Annual report of the Punjab Veterinary College and of the Civil Veterinary Department, Punjab - 1894-1908
Year: 1894
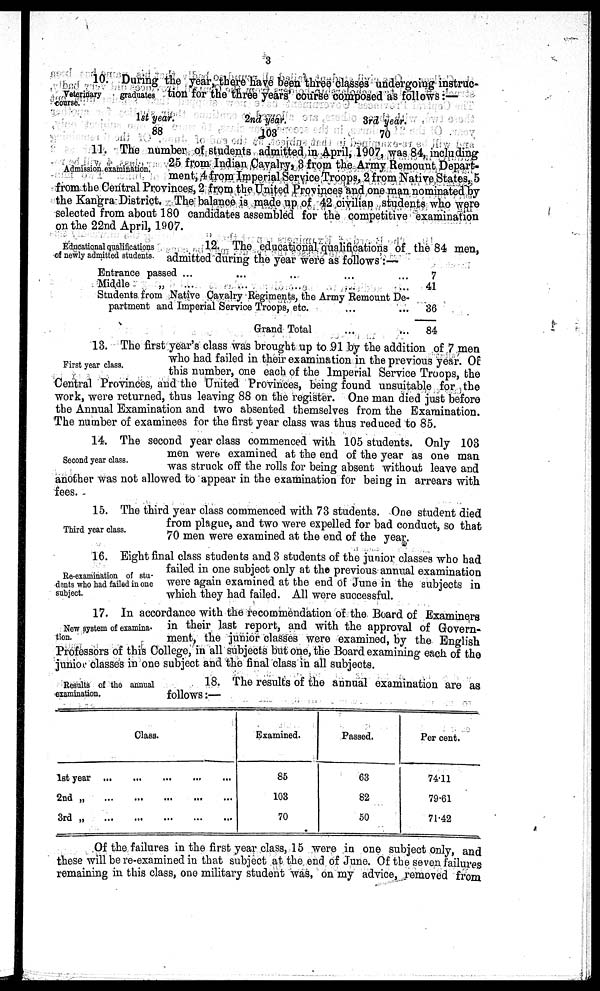
3
Veterinary
graduates
course.
10. During the year, there have been three classes undergoing instruc-
tion for the three years' course composed as follows:—
1st year.
88
2nd year.
103
3rd year.
70
Admission examination.
11. The number of students admitted in April, 1907, was 84, including
25 from Indian Cavalry, 3 from the Army Remount Depart-
ment, 4 from Imperial Service Troops, 2 from Native States, 5
from the Central Provinces, 2 from the United Provinces and one man nominated by
the Kangra District. The balance is made up of 42 civilian students who were
selected from about 180 candidates assembled for the competitive examination
on the 22nd April, 1907.
Educational qualifications
of newly admitted students.
12. The educational qualifications of the 84 men,
admitted during the year were as follows:—
Entrance passed ...
Middle
„
Students from Native Cavalry Regiments, the Army Remount De-
partment and Imperial Service Troops, etc.
Grand Total
7
41
36
84
First year class.
13. The first year's class was brought up to 91 by the addition of 7 men
who had failed in their examination in the previous year. Of
this number, one each of the Imperial Service Troops, the
Central Provinces, and the United Provinces, being found unsuitable for the
work, were returned, thus leaving 88 on the register. One man died just before
the Annual Examination and two absented themselves from the Examination.
The number of examinees for the first year class was thus reduced to 85.
Second year class.
14. The second year class commenced with 105 students. Only 103
men were examined at the end of the year as one man
was struck off the rolls for being absent without leave and
another was not allowed to appear in the examination for being in arrears with
fees.
Third year class.
15. The third year class commenced with 73 students. One student died
from plague, and two were expelled for bad conduct, so that
70 men were examined at the end of the year.
Re-examination of stu-
dents who had failed in one
subject.
16. Eight final class students and 3 students of the junior classes who had
failed in one subject only at the previous annual examination
were again examined at the end of June in the subjects in
which they had failed. All were successful.
New system of examina-
tion.
17. In accordance with the recommendation of the Board of Examiners
in their last report, and with the approval of Govern-
ment, the junior classes were examined, by the English
Professors of this College, in all subjects but one, the Board examining each of the
junior classes in one subject and the final class in all subjects.
Results of the annual
examination.
18. The results of the annual examination are as
follows:—
1st year
2nd „
3rd „
...
...
...
Class.
...
...
...
...
...
...
...
...
...
...
...
...
Examined.
85
103
70
Passed.
63
82
50
Per cent.
74.11
79.61
71.42
Of the failures in the first year class, 15 were in one subject only, and
these will be re-examined in that subject at the end of June. Of the seven failures
remaining in this class, one military student was, on my advice, removed from